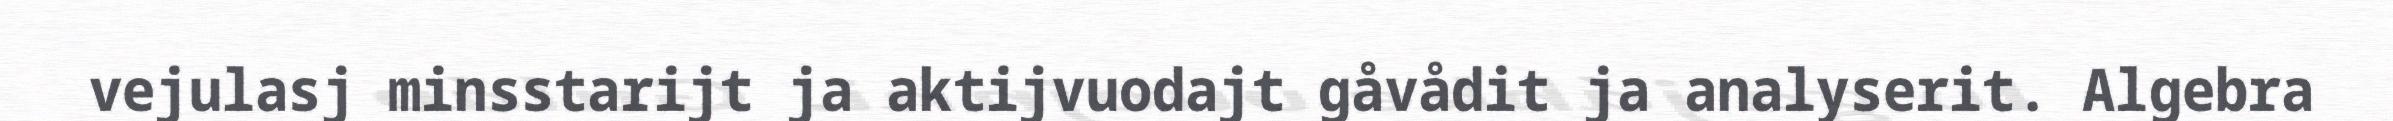
vejulasj minsstarijt ja aktijvuodajt gåvådit ja analyserit. Algebra